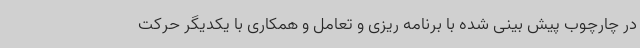
در چارچوب پیش بینی شده با برنامه ریزی و تعامل و همکاری با یکدیگر حرکت